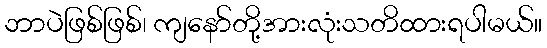
ဘာပဲဖြစ်ဖြစ်၊ ကျနော်တို့အားလုံးသတိထားရပါမယ်။